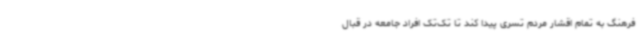
فرهنگ به تمام اقشار مردم تسری پیدا کند تا تک‌تک افراد جامعه در قبال